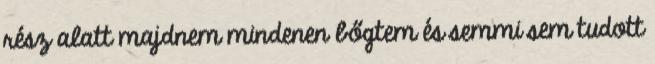
rész alatt majdnem mindenen bőgtem és semmi sem tudott